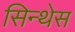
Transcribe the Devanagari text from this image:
सिन्थेस